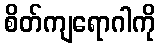
စိတ်ကျရောဂါကို